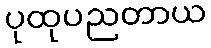
ပုထုပညတာယ